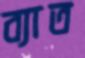
ব্যাত